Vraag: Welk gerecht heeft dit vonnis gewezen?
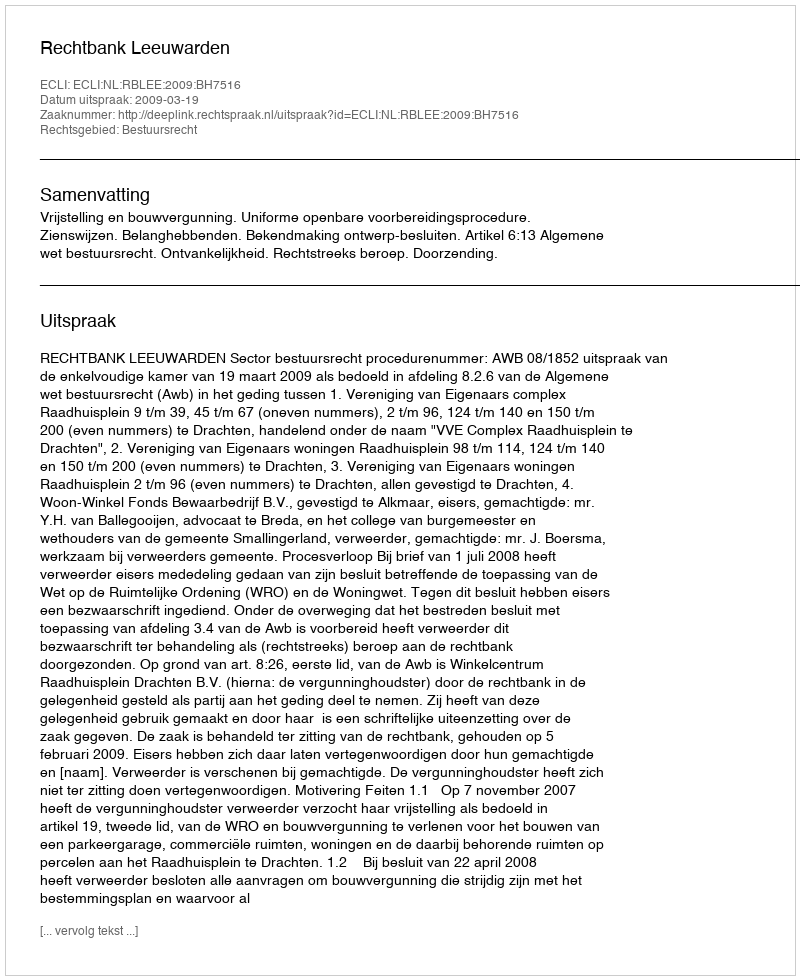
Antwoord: Rechtbank Leeuwarden